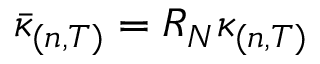
\Bar { \kappa } _ { ( n , T ) } = R _ { N } \kappa _ { ( n , T ) }